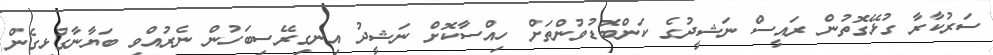
ސަރުކާރާ ގުޅޭގޮތުން ރައީސް ނަޝީދުގެ ކަންބޮޑުވުންތަށް ހިއްސާކޮށް ނަޝީދު އިނގިރޭސިބަހުން ނެރުއްވި ބަޔާނާގުޅިގެން